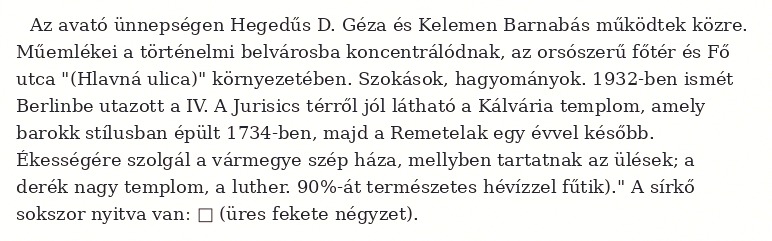
Az avató ünnepségen Hegedűs D. Géza és Kelemen Barnabás működtek közre. Műemlékei a történelmi belvárosba koncentrálódnak, az orsószerű főtér és Fő utca "(Hlavná ulica)" környezetében. Szokások, hagyományok. 1932-ben ismét Berlinbe utazott a IV. A Jurisics térről jól látható a Kálvária templom, amely barokk stílusban épült 1734-ben, majd a Remetelak egy évvel később. Ékességére szolgál a vármegye szép háza, mellyben tartatnak az ülések; a derék nagy templom, a luther. 90%-át természetes hévízzel fűtik)." A sírkő sokszor nyitva van: □ (üres fekete négyzet).